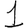
Digit: 1